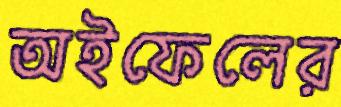
অইফেলের